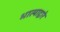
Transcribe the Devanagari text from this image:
भात्याद्वारे